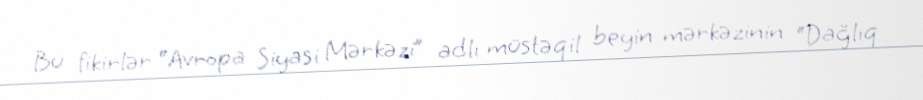
Bu fikirlər “Avropa Siyasi Mərkəzi” adlı müstəqil beyin mərkəzinin “Dağlıq